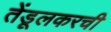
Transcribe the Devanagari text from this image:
तेंडूलकरची